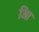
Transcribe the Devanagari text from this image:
आि